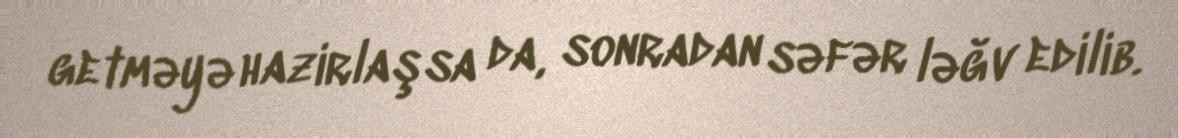
getməyə hazirlaşsa da, sonradan səfər ləğv edilib.